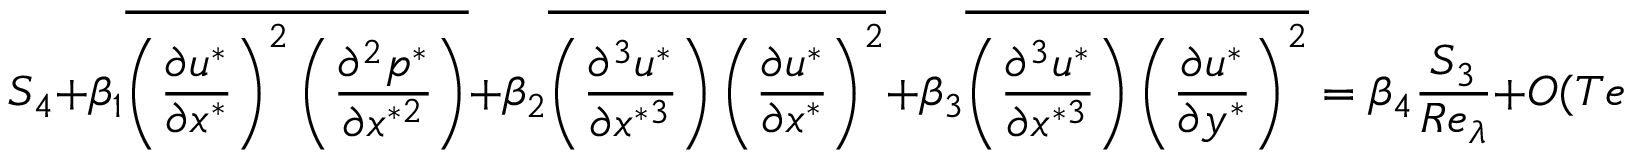
{ S _ { 4 } } + \beta _ { 1 } \overline { { { { \left( { \frac { { \partial { u ^ { * } } } } { { \partial { x ^ { * } } } } } \right) } ^ { 2 } } \left( { \frac { { { \partial ^ { 2 } } { p ^ { * } } } } { { \partial { x ^ { * 2 } } } } } \right) } } + \beta _ { 2 } \overline { { \left( \frac { \partial ^ { 3 } u ^ { * } } { \partial x ^ { * 3 } } \right) \left( \frac { \partial u ^ { * } } { \partial x ^ { * } } \right) ^ { 2 } } } + \beta _ { 3 } \overline { { \left( \frac { \partial ^ { 3 } u ^ { * } } { \partial x ^ { * 3 } } \right) \left( \frac { \partial u ^ { * } } { \partial y ^ { * } } \right) ^ { 2 } } } = { \beta _ { 4 } } \frac { { { S _ { 3 } } } } { { R { e _ { \lambda } } } } + { \cal O } ( T e r m 6 ) + { \cal O } ( T e r m 7 ) ,